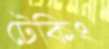
টেকিং